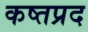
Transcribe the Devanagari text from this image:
कष्तप्रद